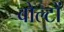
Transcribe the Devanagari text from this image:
वोल्टों